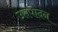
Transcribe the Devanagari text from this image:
उप्तपादन